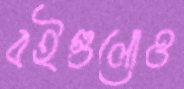
বইগুলোও